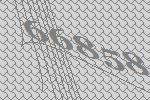
66858